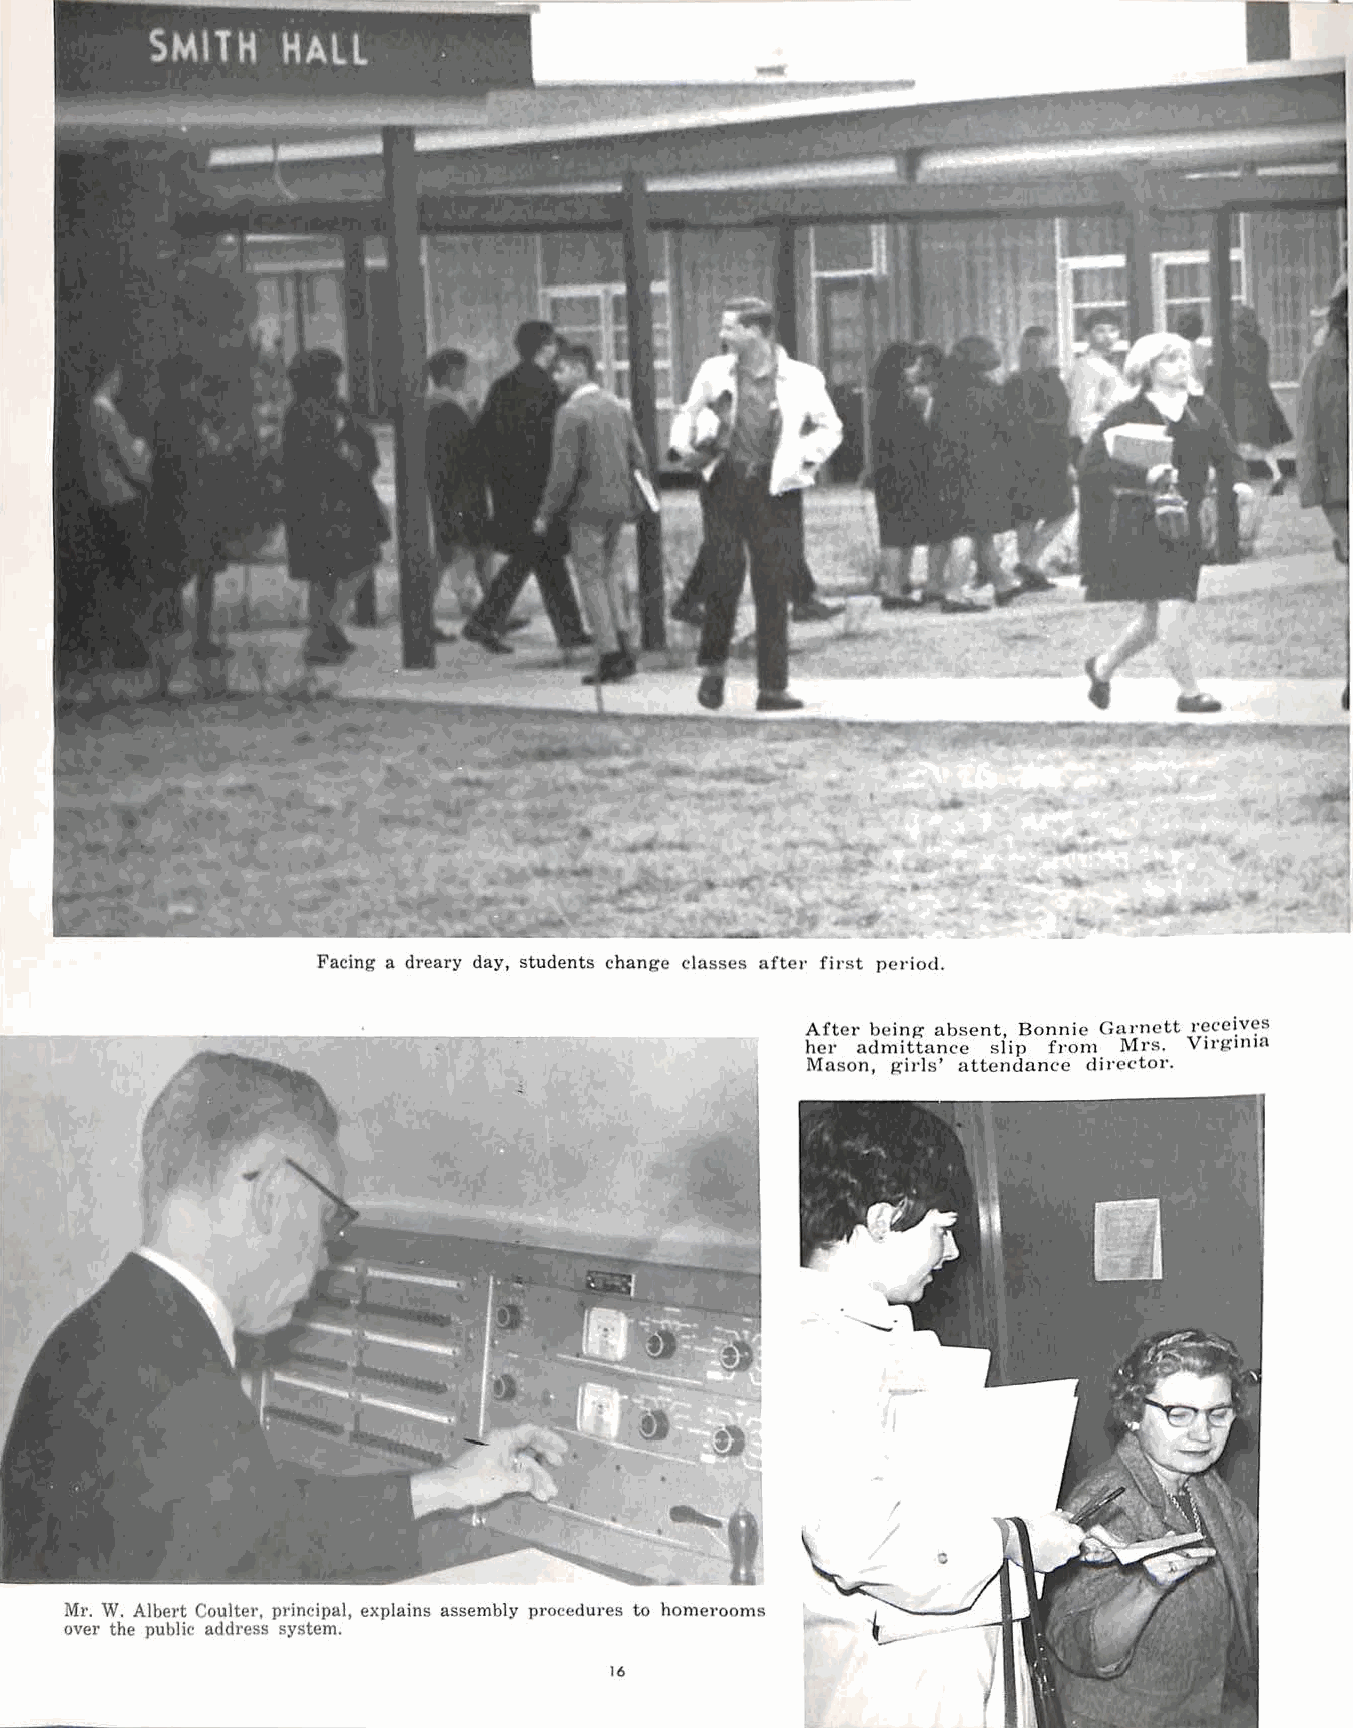
Facing a dreary day, students change classes aftel' fii·st period.
 After being- absent, Bonnie Gai·nctt r~ce~v~s
 her admittance slip from M1·s. V1rg1111n
 Mason, girls' attendance director.
 Mr. W. Albert Coulter, principal, explains assembly procedu1·es to homerooms
 over the public address system.
 16